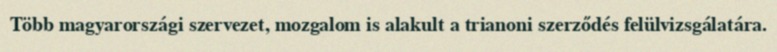
Több magyarországi szervezet, mozgalom is alakult a trianoni szerződés felülvizsgálatára.